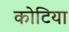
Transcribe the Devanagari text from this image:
कोटिया